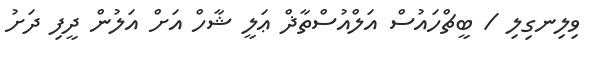
ވިލިނގިލި / ބީޗްހައުސް އަލްއުސްތާޛް ޢަލީ ޝާހް އަށް އަލުން ދީފި ދަށު